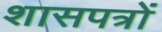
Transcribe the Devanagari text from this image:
शासपत्रों